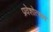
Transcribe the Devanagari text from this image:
प्रवेशोत्सव